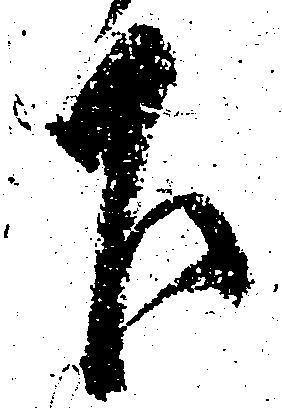
下